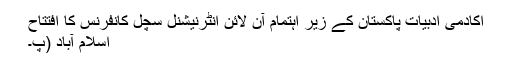
اکادمی ادبیات پاکستان کے زیر اہتمام آن لائن انٹرنیشنل سچل کانفرنس کا افتتاح
اسلام آباد (پ۔